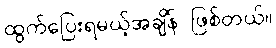
ထွက်ပြေးရမယ့်အချိန် ဖြစ်တယ်။